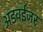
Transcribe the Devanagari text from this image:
अडवईजर